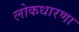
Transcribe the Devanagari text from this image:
लोकधारणा